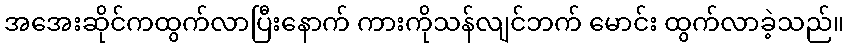
အအေးဆိုင်ကထွက်လာပြီးနောက် ကားကိုသန်လျင်ဘက် မောင်း ထွက်လာခဲ့သည်။